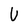
Character: U